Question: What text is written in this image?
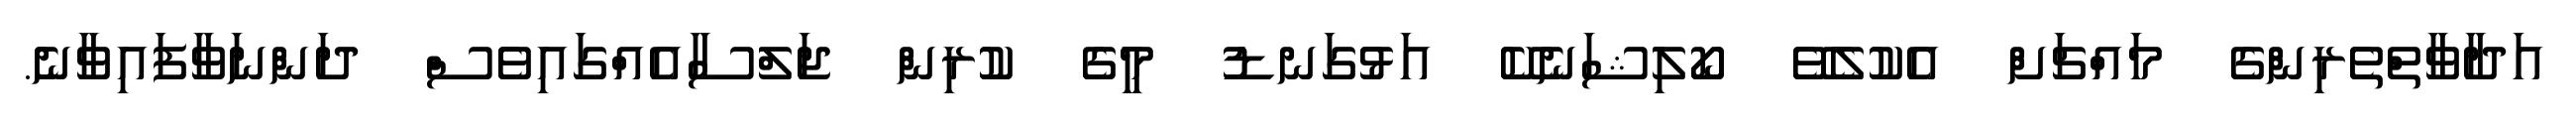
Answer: އަދާވާތްތެރިންގެ މައްޗަށް އެކުލެވޭ ކޯލިޝަނެކޭ އަޅުގަނޑު މީގެ ކުރިން ޖަލްސާއެއްގައިވެސް ދަންނަވާފައިވާނެ.